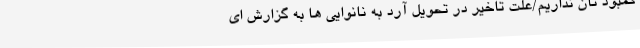
کمبود نان نداریم/علت تاخیر در تحویل آرد به نانوایی ها به گزارش ای